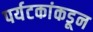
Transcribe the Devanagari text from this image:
पर्यटकांकडून